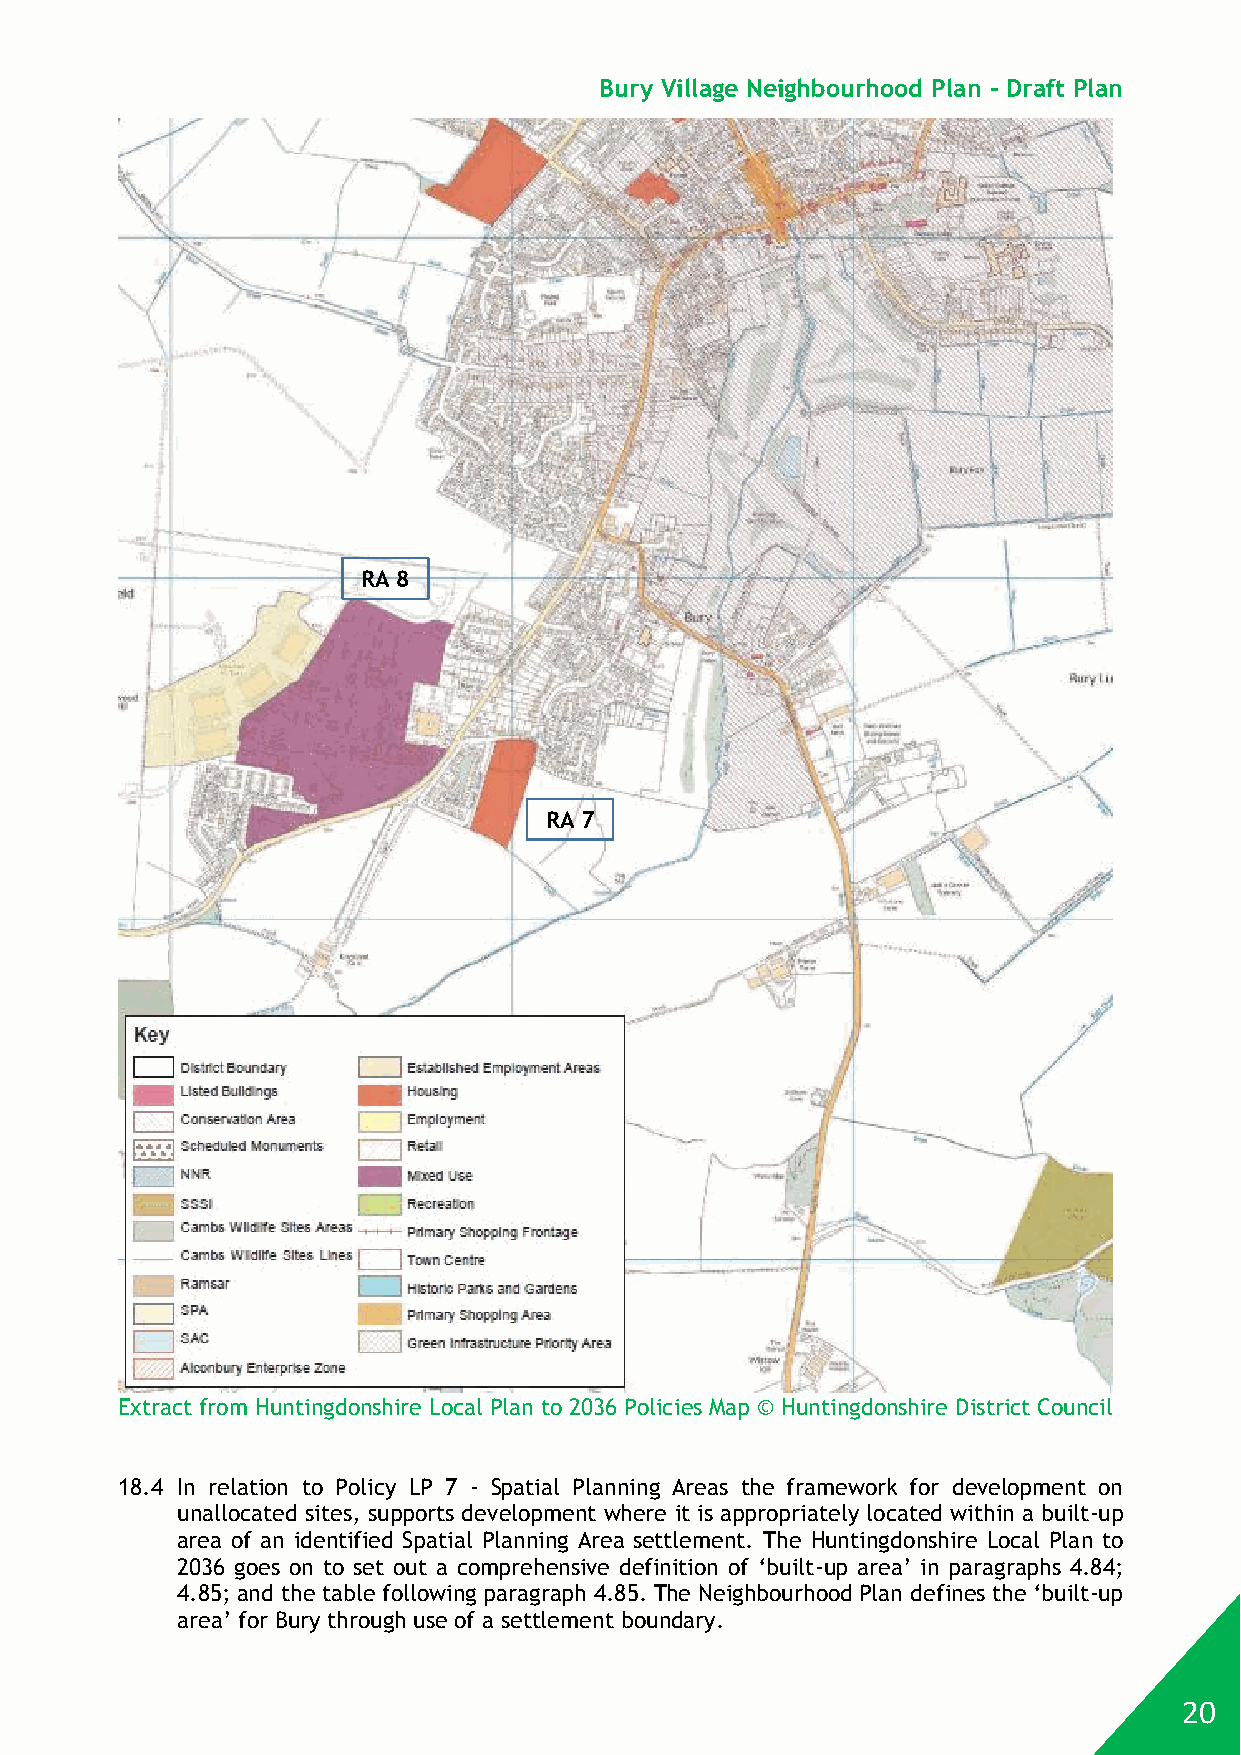
Bury Village Neighbourhood Plan - Draft Plan
 RA 8
 RA 7
 Extract from Huntingdonshire Local Plan to 2036 Policies Map © Huntingdonshire District Council
 18.4 In relation to Policy LP 7 - Spatial Planning Areas the framework for development on
 unallocated sites, supports development where it is appropriately located within a built-up
 area of an identified Spatial Planning Area settlement. The Huntingdonshire Local Plan to
 2036 goes on to set out a comprehensive definition of ‘built-up area’ in paragraphs 4.84;
 4.85; and the table following paragraph 4.85. The Neighbourhood Plan defines the ‘built-up
 area’ for Bury through use of a settlement boundary.
 20